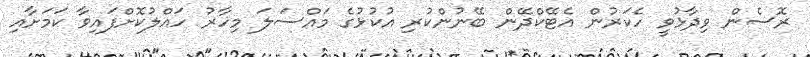
ރޮސެން ވިދާޅުވީ ހެކަރުން އެޓޭކްދޭން ބޭނުންކުރި އުކުޅުގެ މައްސަލަ މިހާރު ހައްލުކޮށްފައިވާ ކަމަށާއި